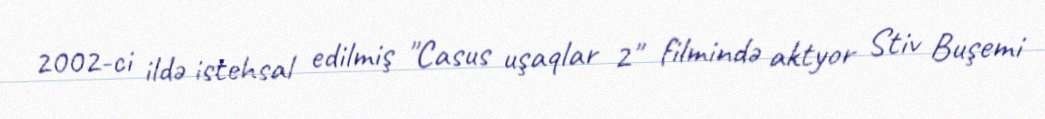
2002-ci ildə istehsal edilmiş "Casus uşaqlar 2" filmində aktyor Stiv Buşemi